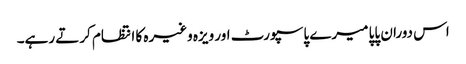
اس دوران پاپا میرے پاسپورٹ اور ویزہ وغیرہ کا انتظام کرتے رہے۔